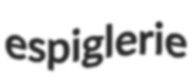
espiglerie